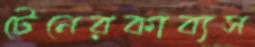
টেনেরকাব্যস